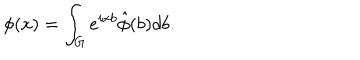
LaTeX: \phi ( x ) = \int _ { G } e ^ { i x b } \hat { \phi } ( b ) d b .